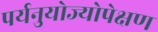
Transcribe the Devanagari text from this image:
पर्यनुयोज्योपेक्षण